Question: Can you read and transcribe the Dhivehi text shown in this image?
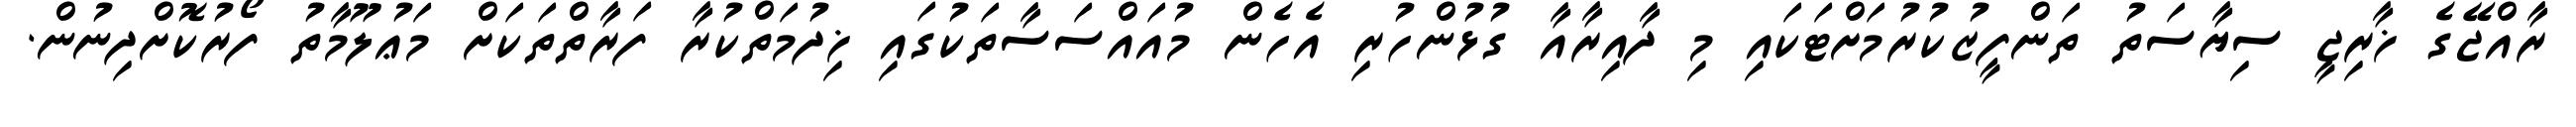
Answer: ރާއްޖޭގެ ޚާރިޖީ ސިޔާސަތު ތަންފީޒުކުރުމަށްޓަކައި މި ދާއިރާއާ ގުޅުންހުރި އެހެން މުއައްސަސާތަކުގައި ޚިދުމަތްކުރާ ފަރާތްތަކަށް މަޢުލޫމާތު ފޯރުކޮށްދިނުން.